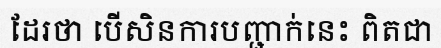
ដែរថា បើសិនការបញ្ជាក់នេះ ពិតជា